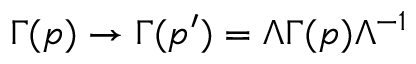
\Gamma ( p ) \rightarrow \Gamma ( p ^ { \prime } ) = \Lambda \Gamma ( p ) \Lambda ^ { - 1 }